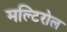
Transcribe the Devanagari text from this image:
मल्टिरोल